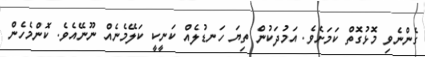
ގެންނެވި މޮޅުގޮތް ކަމަށެވެ. އަމުދަކުން ތިޔަ ހަނޑުލެއް ކަނީކީ ކަލޭމެނެއް ނޫނޭއެވެ. ކޮންމެހެން